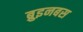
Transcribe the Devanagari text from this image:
ब्रुइनबस